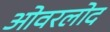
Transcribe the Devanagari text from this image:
ओवरलोद